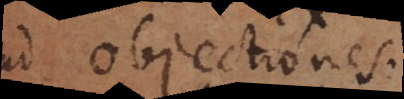
ad objectiones.